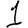
Digit: 1